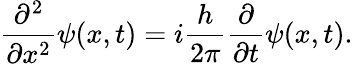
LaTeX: {\frac{\partial^{2}}{\partial x^{2}}}\psi(x,t)=i{\frac{h}{2\pi}}{\frac{\partial}{\partial t}}\psi(x,t).